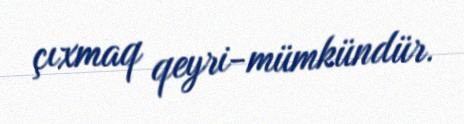
çıxmaq qeyri-mümkündür.